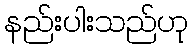
နည်းပါးသည်ဟု